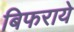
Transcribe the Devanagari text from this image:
बिफराये